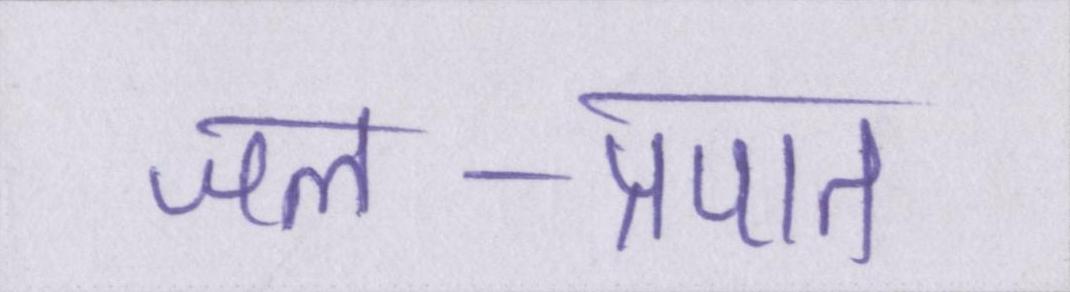
जल-प्रपात